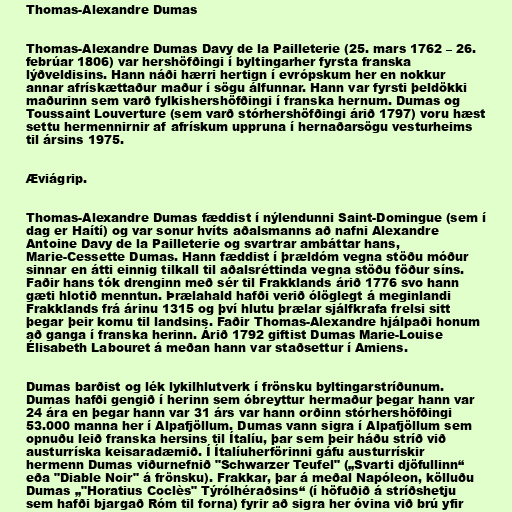
Thomas-Alexandre Dumas

Thomas-Alexandre Dumas Davy de la Pailleterie (25. mars 1762 – 26.
febrúar 1806) var hershöfðingi í byltingarher fyrsta franska
lýðveldisins. Hann náði hærri hertign í evrópskum her en nokkur
annar afrískættaður maður í sögu álfunnar. Hann var fyrsti þeldökki
maðurinn sem varð fylkishershöfðingi í franska hernum. Dumas og
Toussaint Louverture (sem varð stórhershöfðingi árið 1797) voru hæst
settu hermennirnir af afrískum uppruna í hernaðarsögu vesturheims
til ársins 1975.

Æviágrip.

Thomas-Alexandre Dumas fæddist í nýlendunni Saint-Domingue (sem í
dag er Haítí) og var sonur hvíts aðalsmanns að nafni Alexandre
Antoine Davy de la Pailleterie og svartrar ambáttar hans,
Marie-Cessette Dumas. Hann fæddist í þrældóm vegna stöðu móður
sinnar en átti einnig tilkall til aðalsréttinda vegna stöðu föður síns.
Faðir hans tók drenginn með sér til Frakklands árið 1776 svo hann
gæti hlotið menntun. Þrælahald hafði verið ólöglegt á meginlandi
Frakklands frá árinu 1315 og því hlutu þrælar sjálfkrafa frelsi sitt
þegar þeir komu til landsins. Faðir Thomas-Alexandre hjálpaði honum
að ganga í franska herinn. Árið 1792 giftist Dumas Marie-Louise
Élisabeth Labouret á meðan hann var staðsettur í Amiens.

Dumas barðist og lék lykilhlutverk í frönsku byltingarstríðunum.
Dumas hafði gengið í herinn sem óbreyttur hermaður þegar hann var
24 ára en þegar hann var 31 árs var hann orðinn stórhershöfðingi
53.000 manna her í Alpafjöllum. Dumas vann sigra í Alpafjöllum sem
opnuðu leið franska hersins til Ítalíu, þar sem þeir háðu stríð við
austurríska keisaradæmið. Í Ítalíuherförinni gáfu austurrískir
hermenn Dumas viðurnefnið "Schwarzer Teufel" („Svarti djöfullinn“
eða "Diable Noir" á frönsku). Frakkar, þar á meðal Napóleon, kölluðu
Dumas „"Horatius Coclès" Týrólhéraðsins“ (í höfuðið á stríðshetju
sem hafði bjargað Róm til forna) fyrir að sigra her óvina við brú yfir